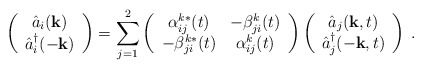
\begin{align*}\left(\begin{array}{c}\hat{a}_i({\bf k})\\\hat{a}_i^\dag(-{\bf k})\end{array}\right)=\sum_{j=1}^2 \left( \begin{array}{cc}\alpha_{ij}^{k\ast}(t)&-\beta_{ji}^k(t)\\-\beta_{ji}^{k\ast}(t)&\alpha_{ij}^k(t)\end{array}\right)\left(\begin{array}{c}\hat{a}_j({\bf k},t)\\\hat{a}_j^\dag(-{\bf k},t)\end{array}\right)\;.\end{align*}